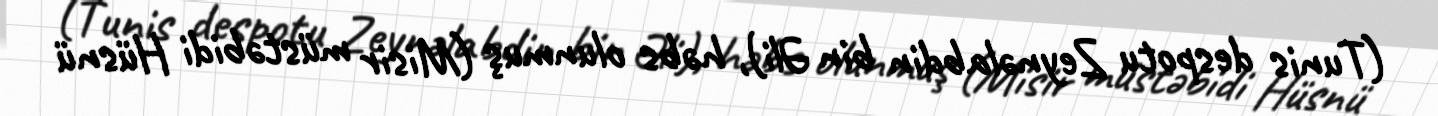
(Tunis despotu Zeynəlabdin bin Əli), həbs olunmuş (Misir müstəbidi Hüsnü